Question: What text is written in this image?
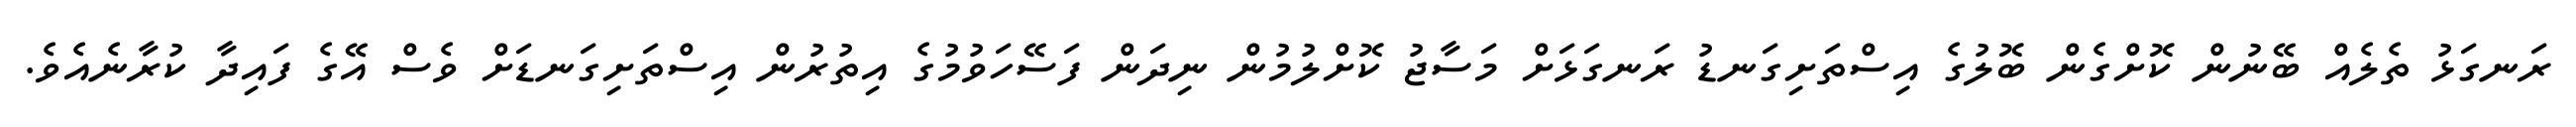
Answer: ރަނގަޅު ތެލެއް ބޭނުން ކޮށްގެން ބޮލުގެ އިސްތަށިގަނޑު ރަނގަޅަށް މަސާޖު ކޮށްލުމުން ނިދަން ފަސޭހަވުމުގެ އިތުރުން އިސްތަށިގަނޑަށް ވެސް އޭގެ ފައިދާ ކުރާނެއެވެ.